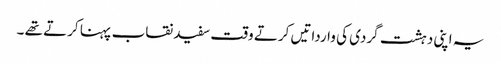
یہ اپنی دہشت گردی کی وارداتیں کرتے وقت سفید نقاب پہنا کرتے تھے ۔